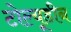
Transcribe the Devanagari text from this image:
टोल्यूडीन